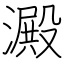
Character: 澱